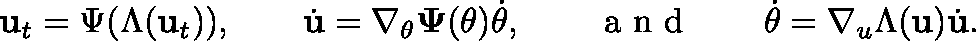
\mathbf { u } _ { t } = \Psi ( \Lambda ( \mathbf { u } _ { t } ) ) , \qquad \dot { \mathbf { u } } = \nabla _ { \theta } \mathbf { \Psi } ( \theta ) \dot { \theta } , \qquad \mathrm { ~ a ~ n ~ d ~ } \qquad \dot { \theta } = \nabla _ { u } \Lambda ( \mathbf { u } ) \dot { \mathbf { u } } .